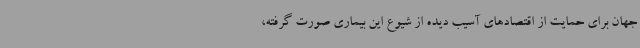
جهان برای حمایت از اقتصادهای آسیب دیده از شیوع این بیماری صورت گرفته،